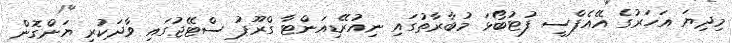
މިދިޔަ އަހަރުގެ އޭއެފްސީ ފުޓުބޯޅަ މުބާރާތުގައި ނިއުރޭޑިއަންޓާ ގްރޫޕު ސްޓޭޖުގައި ވާދަކުރި ޔަންގޮން